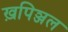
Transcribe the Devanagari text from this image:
ख़पिञ्जल